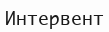
Интервент